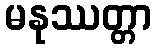
မနုဿတ္တာ